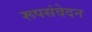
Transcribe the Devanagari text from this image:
रूपसंवेदन